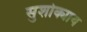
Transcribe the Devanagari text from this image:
सुशोक्याय